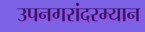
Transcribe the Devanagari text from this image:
उपनगरांदरम्यान